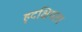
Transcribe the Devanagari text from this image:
हृदक्षिपता